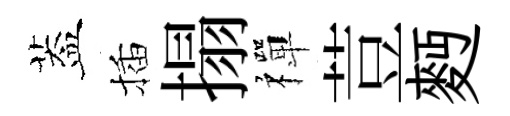
葢插搨禪荳麪